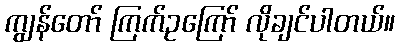
ကျွန်တော် ကြက်ဥကြော် လိုချင်ပါတယ်။